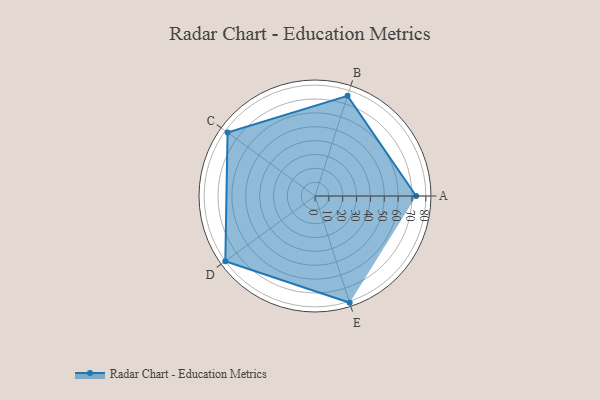
{"axis": {"x": "Skill", "y": "Score"}, "legend": ["Profile"], "data": [{"x": "A", "y": 73.0, "type": "Profile"}, {"x": "B", "y": 76.0, "type": "Profile"}, {"x": "C", "y": 78.0, "type": "Profile"}, {"x": "D", "y": 80.0, "type": "Profile"}, {"x": "E", "y": 81.0, "type": "Profile"}]}